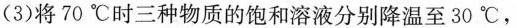
(3)将70℃时三种物质的饱和溶液分别降温至30℃，